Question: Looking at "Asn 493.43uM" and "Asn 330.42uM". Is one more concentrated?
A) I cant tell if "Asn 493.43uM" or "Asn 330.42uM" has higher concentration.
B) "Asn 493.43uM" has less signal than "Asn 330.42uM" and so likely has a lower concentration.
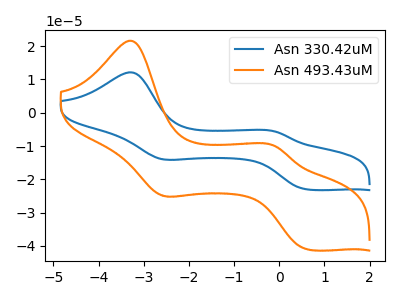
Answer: <think>The blue curve "Asn 330.42uM" has anodic peaks at (-3.30V, 12.15uA) (-0.10V, -5.60uA) and cathodic peaks at (-2.60V, -13.90uA) (0.65V, -23.05uA). The orange curve "Asn 493.43uM" has anodic peaks at (-3.30V, 21.65uA) (-0.10V, -10.00uA) and cathodic peaks at (-2.60V, -24.80uA) (0.65V, -41.10uA).
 All the peaks in "Asn 493.43uM" have a peak in "Asn 330.42uM" at the same potential.</think>
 <answer>A) I cant tell if "Asn 493.43uM" or "Asn 330.42uM" has higher concentration.</answer>
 <eval>A</eval>